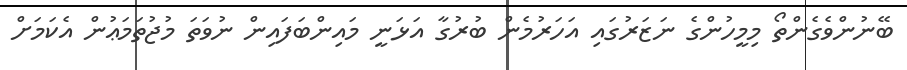
ބޭނުންވެގެންތޯ މިމީހުންގެ ނަޒަރުގައި އަހަރުމެން ބުރުގާ އަޅަނީ މައިންބަފައިން ނުވަތަ މުޖުތަމަޢުން އެކަމަށް